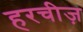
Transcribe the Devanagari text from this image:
हरचीज़